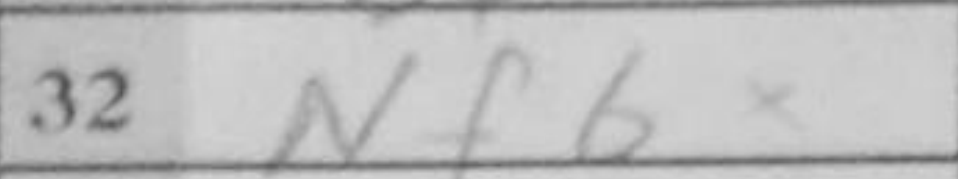
Transcription: Nf6